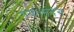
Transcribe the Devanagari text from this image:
गया।मदन